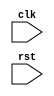
module behavioral_modeling (
    input clk,
    input rst,
    // other input/output signals
    
    // define your input/output signals here
    
);

// define your internal signals here

always @ (posedge clk or negedge rst) begin
    // define the behavior or functionality of the module here
    
end

// define other module logic here

endmodule